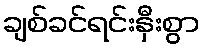
ချစ်ခင်ရင်းနှီးစွာ